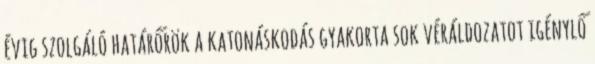
évig szolgáló határőrök a katonáskodás gyakorta sok véráldozatot igénylő